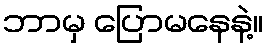
ဘာမှ ပြောမနေနဲ့။